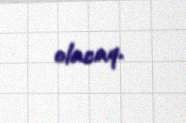
olacaq.